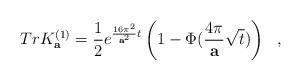
LaTeX: \begin{align*}Tr K^{(1)}_{\bf a}={1\over 2}e^{{16\pi^2\over {\bf a}^2}t}\left(1-\Phi ({4\pi\over {\bf a}}\sqrt{t})\right)~~,\end{align*}